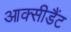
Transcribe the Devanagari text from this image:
आक्सीडैंट